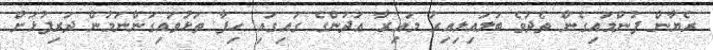
ރެޔާން ފުންމައިގެން ތެދުވެ ބަލައިލިއިރު މައިރާ ޢަދަންގެ ގައިގައި ހިފާ ތަޅުވައިގަންނަމުން ދަރިފުޅަށް